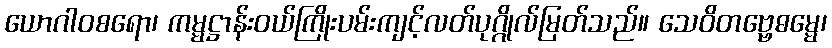
ယောဂါဝစရော၊ ကမ္မဋ္ဌာန်းဝယ်ကြိုးပမ်းကျင့်လတ်ပုဂ္ဂိုလ်မြတ်သည်။ သေဝိတဗ္ဗေဓမ္မေ၊